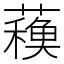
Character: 𧁨